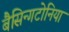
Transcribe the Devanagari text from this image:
बैसिन्गटोनिया